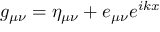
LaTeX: g _ { \mu \nu } = \eta _ { \mu \nu } + e _ { \mu \nu } e ^ { i k x }